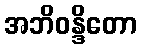
အဘိဝန္ဒိတော